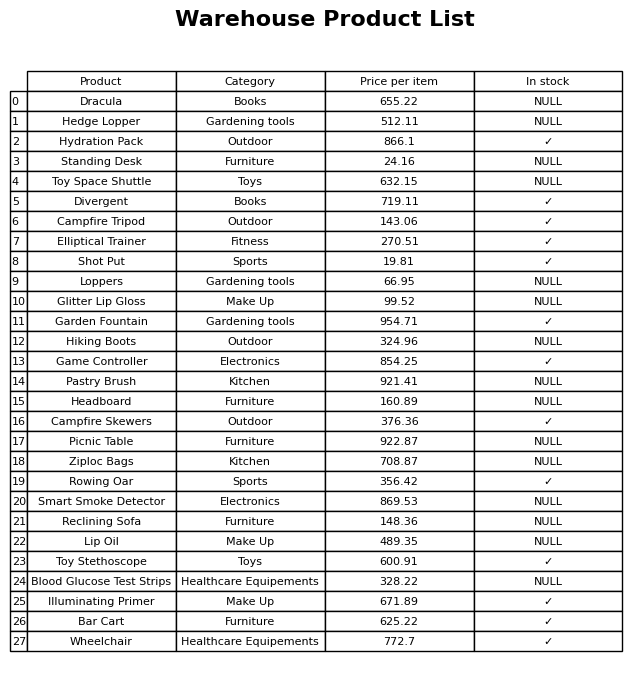
question: What is the price for Pastry Brush?
answer: The price of Pastry Brush is 921.41.